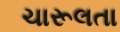
ચારૂલતા